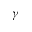
\gamma